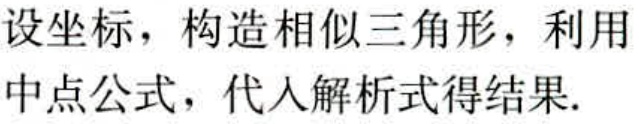
设坐标，构造相似三角形，利用中点公式，代入解析式得结果.